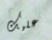
عليك